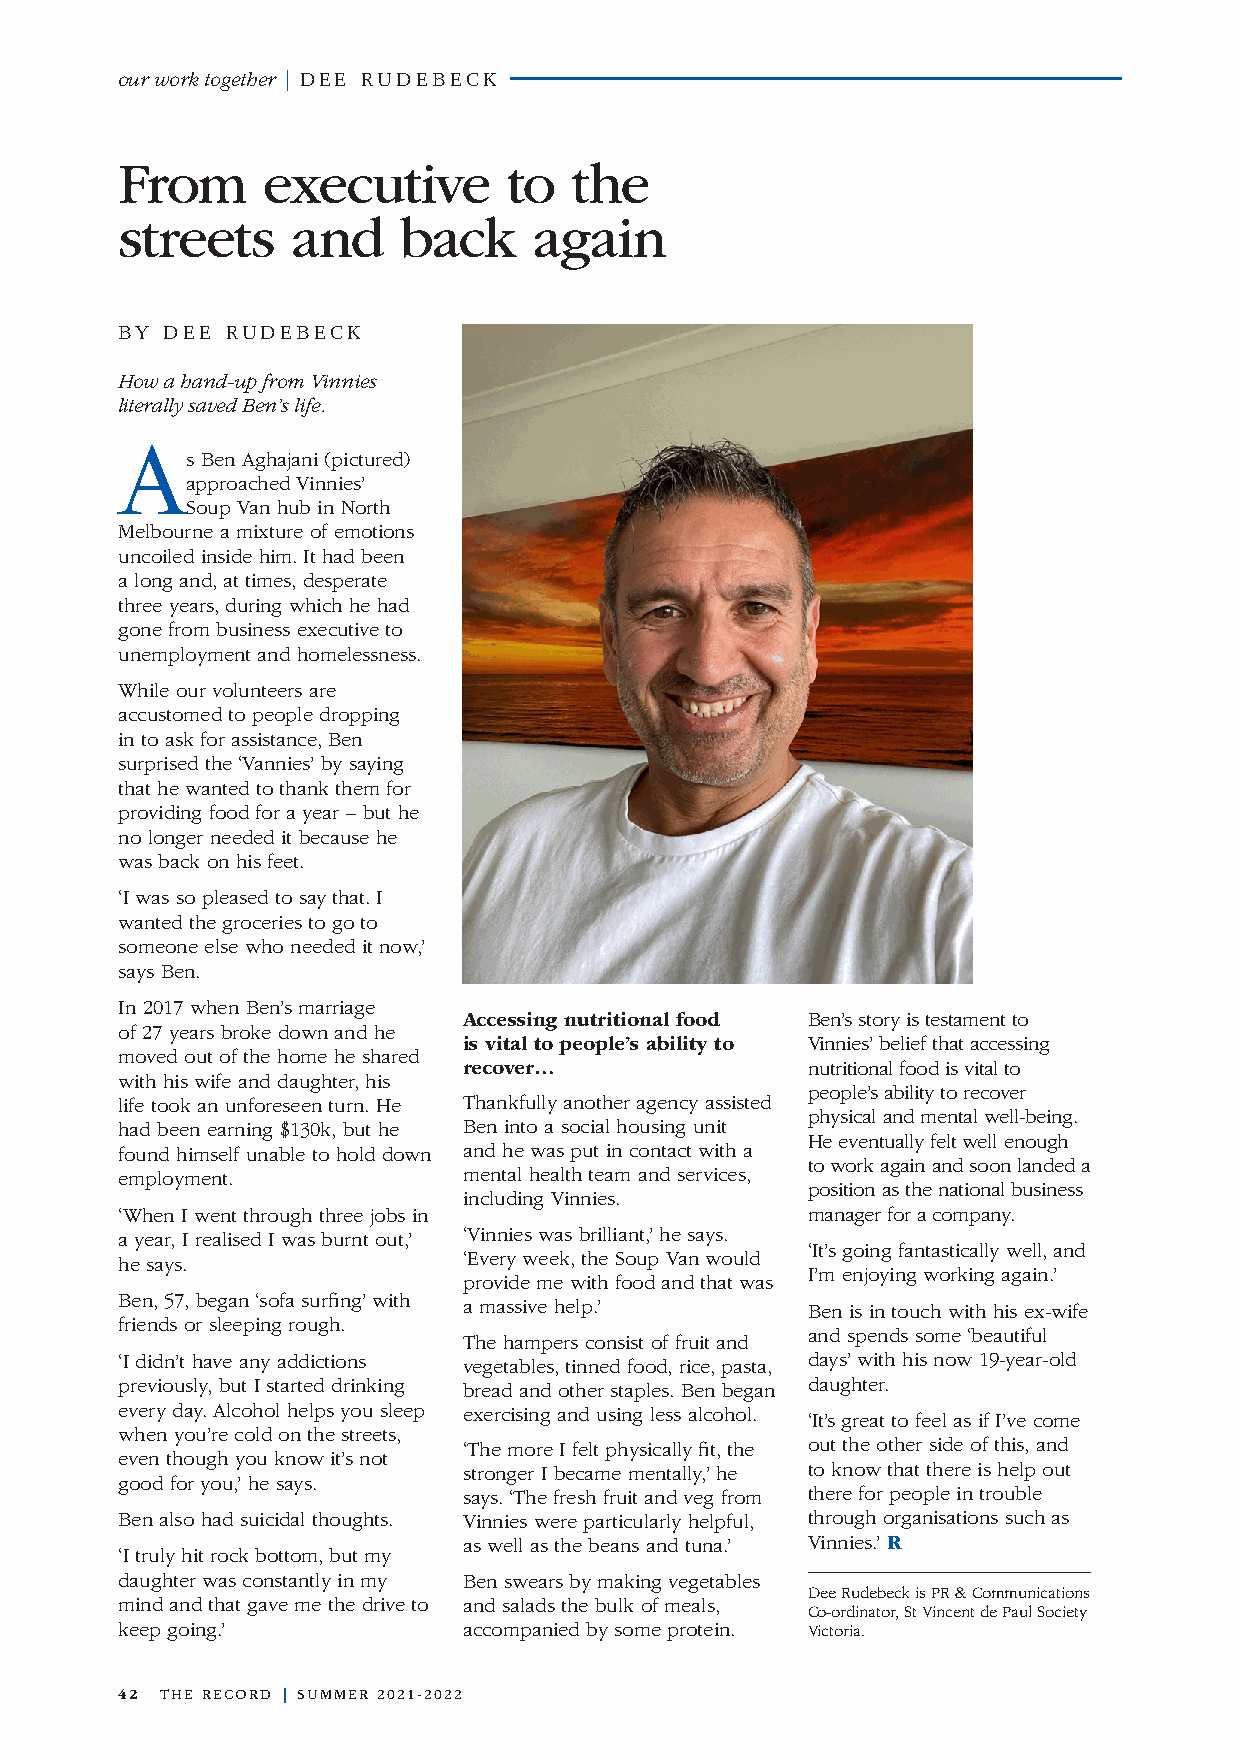
our work together | DEE RUDEBECK
 From     executive        to  the
 streets    and    back     again
 BY DEE RUDEBECK
 How a hand-up from Vinnies
 literally saved Ben’s life.
 A
 s Ben Aghajani (pictured)
 approached Vinnies’
 Soup Van hub in North
 Melbourne a mixture of emotions
 uncoiled inside him. It had been
 a long and, at times, desperate
 three years, during which he had
 gone from business executive to
 unemployment and homelessness.
 While our volunteers are
 accustomed to people dropping
 in to ask for assistance, Ben
 surprised the ‘Vannies’ by saying
 that he wanted to thank them for
 providing food for a year – but he
 no longer needed it because he
 was back on his feet.
 ‘I was so pleased to say that. I
 wanted the groceries to go to
 someone else who needed it now,’
 says Ben.
 In 2017 when Ben’s marriage
 Accessing nutritional food Ben’s story is testament to
 of 27 years broke down and he
 is vital to people’s ability to Vinnies’ belief that accessing
 moved out of the home he shared
 recover…              nutritional food is vital to
 with his wife and daughter, his
 people’s ability to recover
 life took an unforeseen turn. He Thankfully another agency assisted
 physical and mental well-being.
 had been earning $130k, but he Ben into a social housing unit
 He eventually felt well enough
 found himself unable to hold down and he was put in contact with a
 to work again and soon landed a
 employment.            mental health team and services,
 position as the national business
 including Vinnies.
 ‘When I went through three jobs in           manager for a company.
 a year, I realised I was burnt out,’ ‘Vinnies was brilliant,’ he says.
 ‘It’s going fantastically well, and
 he says.               ‘Every week, the Soup Van would
 I’m enjoying working again.’
 provide me with food and that was
 Ben, 57, began ‘sofa surfing’ with a massive help.’ Ben is in touch with his ex-wife
 friends or sleeping rough.
 and spends some ‘beautiful
 The hampers consist of fruit and
 ‘I didn’t have any addictions vegetables, tinned food, rice, pasta, days’ with his now 19-year-old
 previously, but I started drinking bread and other staples. Ben began daughter.
 every day. Alcohol helps you sleep exercising and using less alcohol.
 ‘It’s great to feel as if I’ve come
 when you’re cold on the streets,
 ‘The more I felt physically fit, the out the other side of this, and
 even though you know it’s not
 stronger I became mentally,’ he to know that there is help out
 good for you,’ he says.
 says. ‘The fresh fruit and veg from there for people in trouble
 Ben also had suicidal thoughts. Vinnies were particularly helpful, through organisations such as
 as well as the beans and tuna.’ Vinnies.’ R
 ‘I truly hit rock bottom, but my
 daughter was constantly in my Ben swears by making vegetables
 Dee Rudebeck is PR & Communications
 mind and that gave me the drive to and salads the bulk of meals,
 Co-ordinator, St Vincent de Paul Society
 keep going.’           accompanied by some protein. Victoria.
 42 THE RECORD | SUMMER 2021-2022